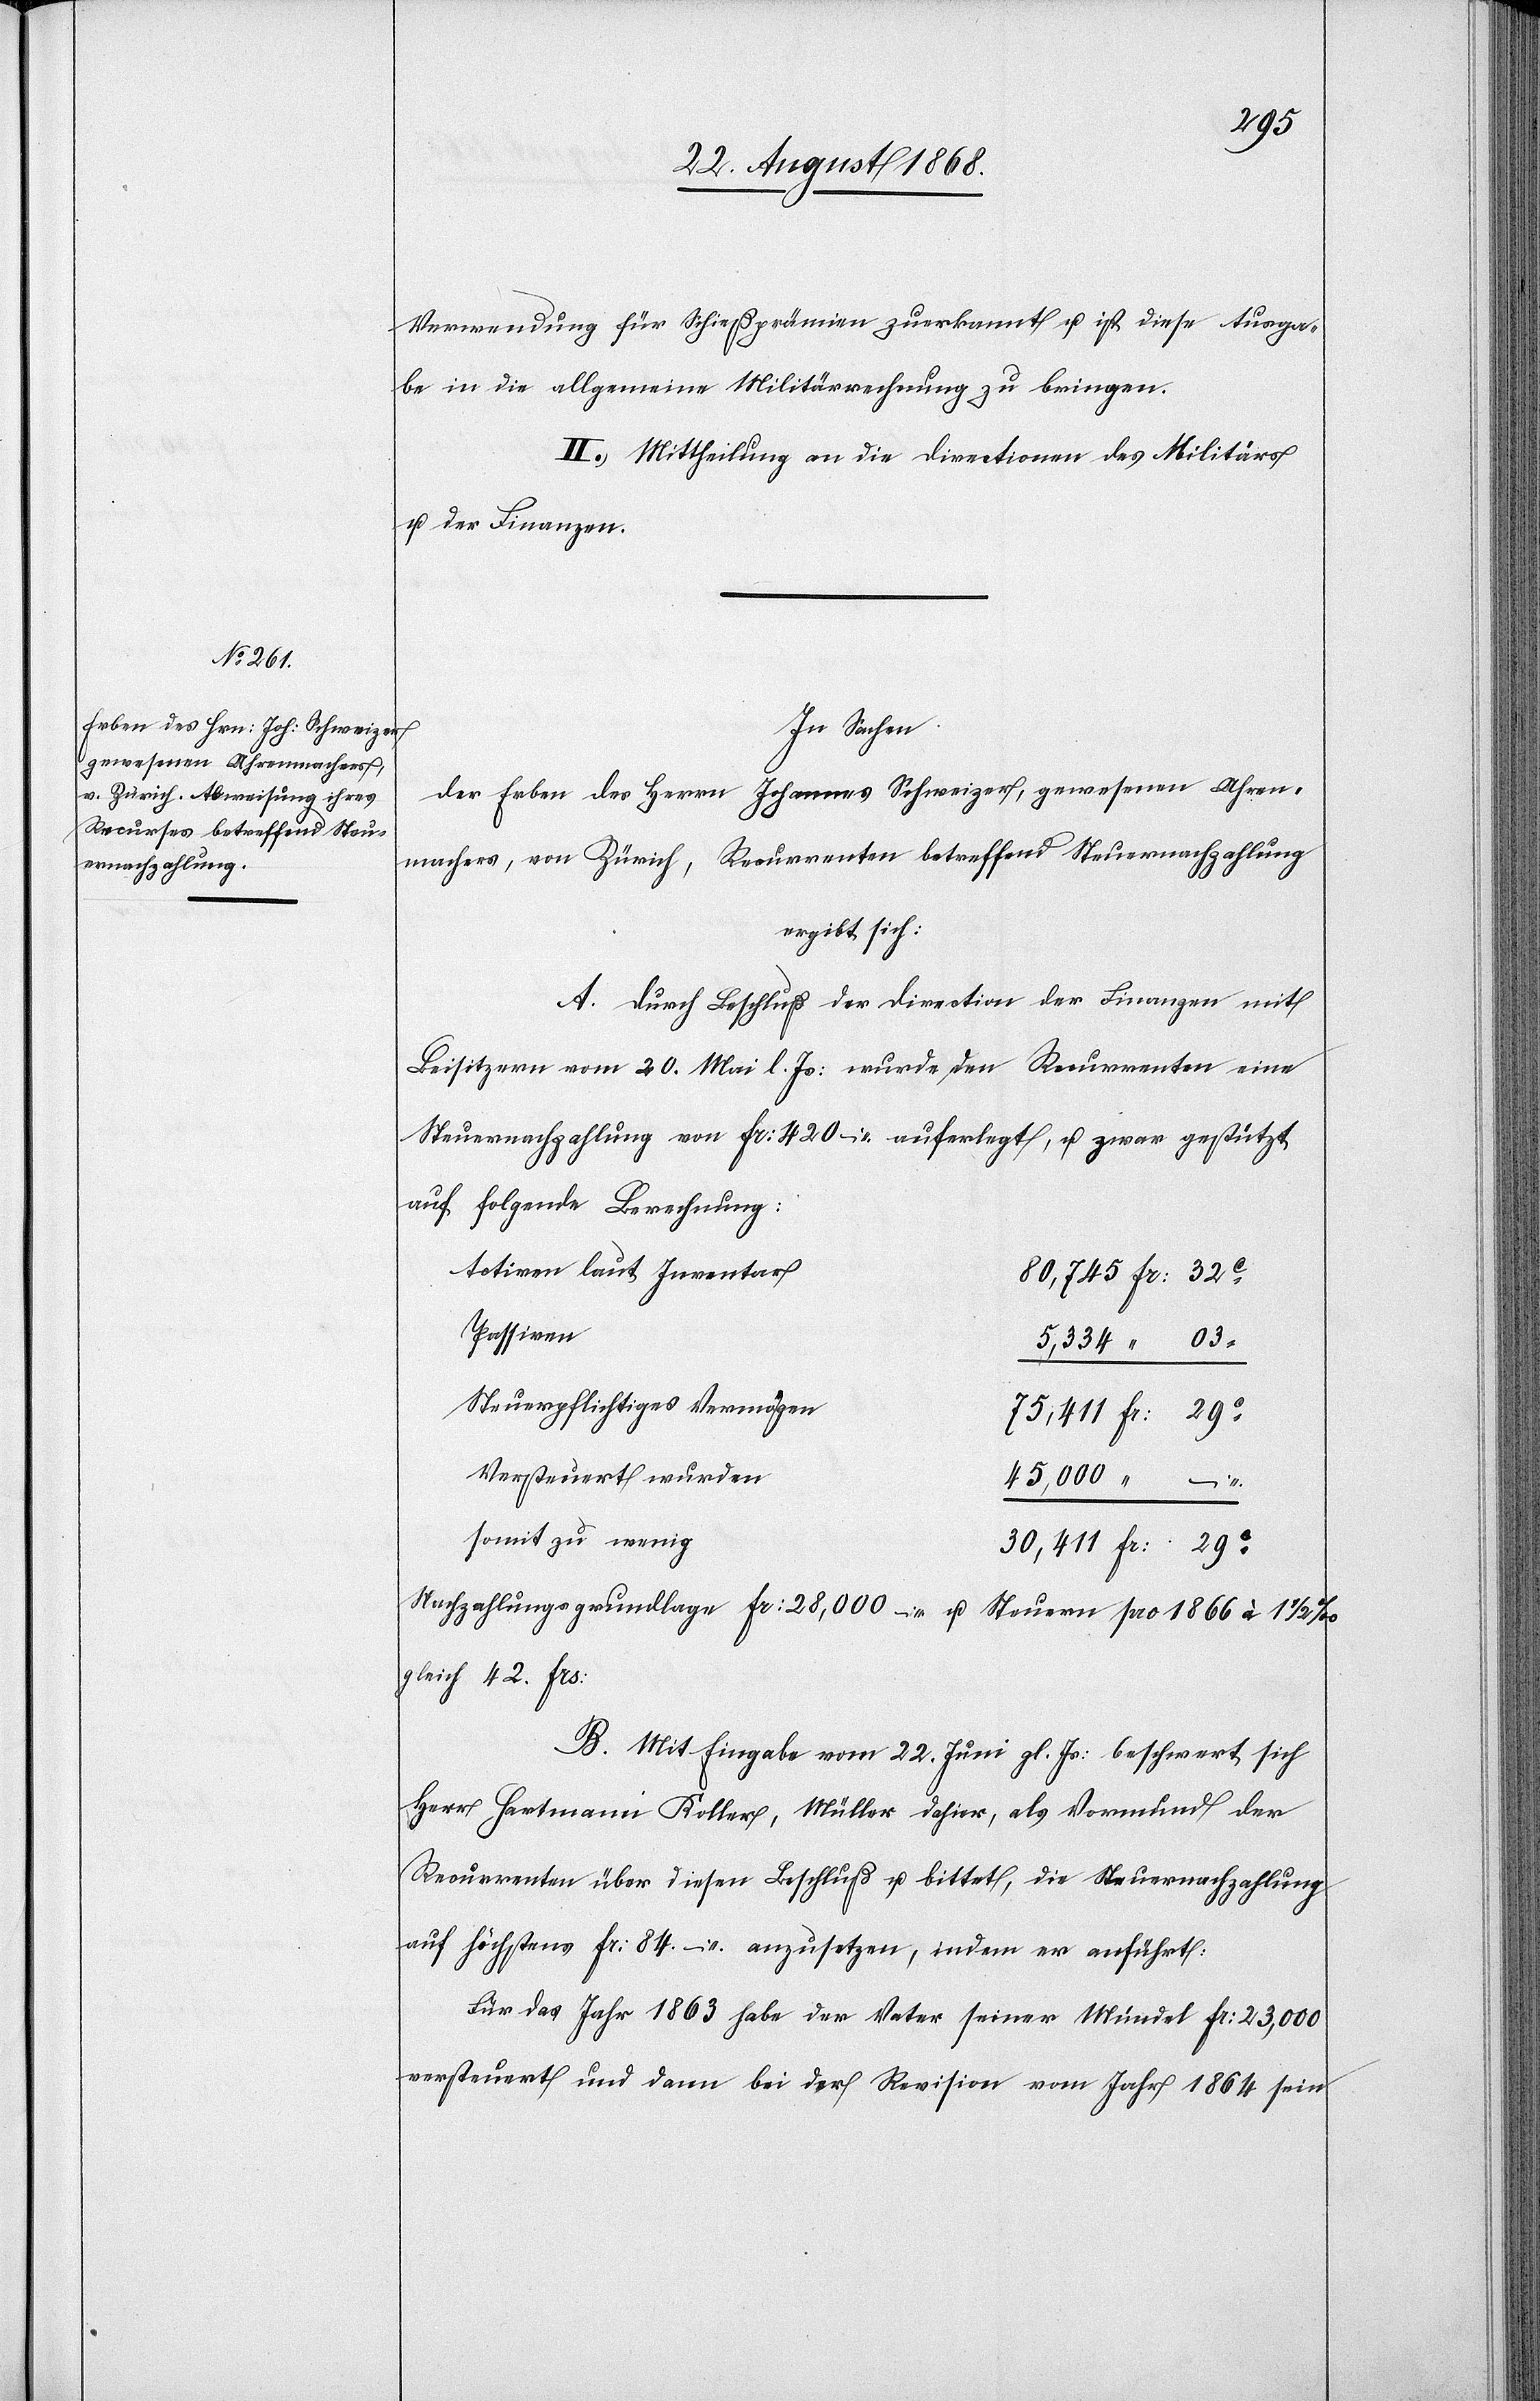
Verwendung für Schießprämien zuerkannt u. ist diese Ausga¬
be in die allgemeine Militärrechnung zu bringen.
II.) Mittheilung an die Directionen des Militärs
u. der Finanzen.
In Sachen
der Erben des Herrn Johannes Schweizer, gewesenen Uhren¬
machers, von Zürich, Recurrenten betreffend Steuernachzahlung
ergibt sich:
A. Durch Beschluß der Direction der Finanzen mit
Beisitzern vom 20. Mai l. Js: wurde den Recurrenten eine
Steuernachzahlung von Fr: 420 – auferlegt, u. zwar gestützt
auf folgende Berechnung:
Activen laut Inventar
80,745 Fr: 32C
Passiven
5,334 “ 03
Steuerpflichtiges Vermögen
75,411 Fr: 29C
Versteuert wurden
45,000 “ –
somit zu wenig
30,411 Fr: 29C
Nachzahlungsgrundlage Fr: 28,000 – u. Steuern pro 1866 à 1 1/2
gleich 42. Frs:
B. Mit Eingabe vom 22. Juni gl. Js: beschwert sich
Herr Hartmann Koller, Müller dahier, als Vormund der
Recurrenten über diesen Beschluß u. bittet, die Steuernachzahlung
auf höchstens Fr: 84. – anzusetzen, indem er anführt:
Für das Jahr 1863 habe der Vater seiner Mündel Fr: 23,000
versteuert und dann bei der Revision vom Jahr 1864 sein